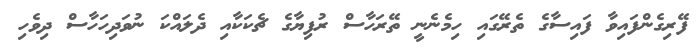
ފޭރިގެންފައިވާ ފައިސާގެ ތެރޭގައި ހިމެނެނީ ތޭރަހާސް ރުފިޔާގެ ޗެކަކާއި ދެލައްކަ ނުވަދިހަހާސް ދިވެހި